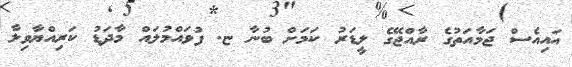
އައިއެސް ޖަމާއަތުގެ ރާއްޖޭގެ ލީޑަރު ކަމަށް ބުނާ ޏ. ފުވައްމުލައް މާދަޑު ކަރިއްޔާވިލާ